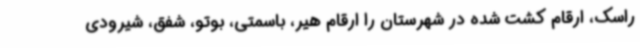
راسک، ارقام کشت شده در شهرستان را ارقام هیر، باسمتی، بوتو، شفق، شیرودی